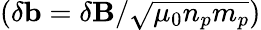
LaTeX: (\delta\mathbf{b}=\delta\mathbf{B}/\sqrt{\mu_{0}n_{p}m_{p}})